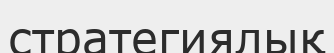
стратегиялық